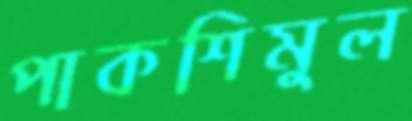
পাকশিমুল